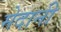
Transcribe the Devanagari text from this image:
मेदानी